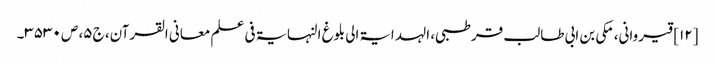
[۱۲] قیروانی، مکی بن ابی طالب قرطبی، الہدایۃ الی بلوغ النہایۃ فی علم معانی القرآن، ج ۵، ص ۳۵۳۰۔